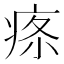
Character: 𤶔